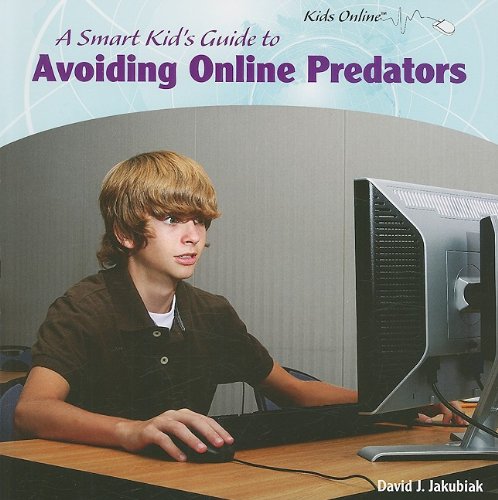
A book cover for A Smart Kid's Guide to Avoiding Online Predators (Kids Online); David J. Jakubiak; Children's Books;